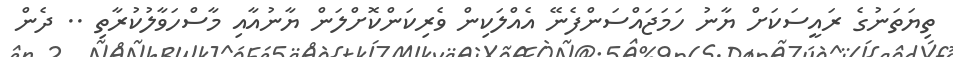
ތިޔަތަނުގެ ރައީސަކަށް ޔާނު ހަމަޖައްސަންފެނޭ އެއްލަކިން ވެރިކަންކޮށްލަން ޔާނުއާއި މާސްހަވާލުކުރާތި .. ދެން